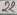
Text: 22